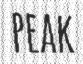
PEAK